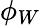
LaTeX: \phi_{W}